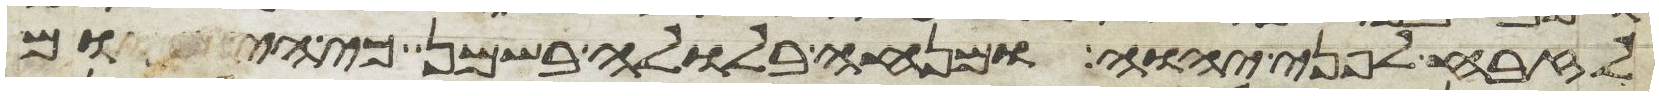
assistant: לזבח לפני יהוה ומנחה בלולה בשמן כי היום